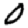
Digit: 0